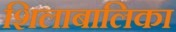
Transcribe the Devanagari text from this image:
शिलाबालिका